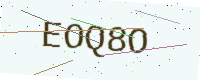
Text: EOQ8O